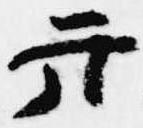
弁